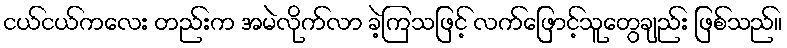
ငယ်ငယ်ကလေး တည်းက အမဲလိုက်လာ ခဲ့ကြသဖြင့် လက်ဖြောင့်သူတွေချည်း ဖြစ်သည်။